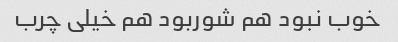
خوب نبود هم شوربود هم خیلی چرب